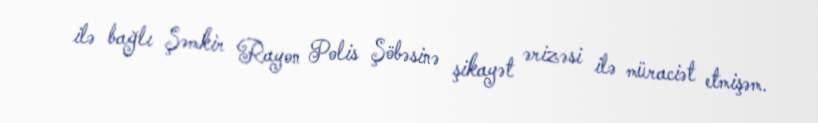
ilə bağlı Şəmkir Rayon Polis Şöbəsinə şikayət ərizəsi ilə müraciət etmişəm.